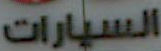
السيارات